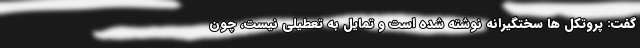
گفت: پروتکل ها سختگیرانه نوشته شده است و تمایل به تعطیلی نیست، چون